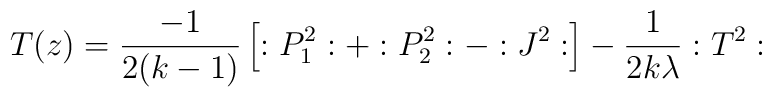
T(z)=\frac{-1}{2(k-1)}\left[ :P_1^2:+:P_2^2:-:J^2:\right] -\frac1{2k\lambda }:T^2: